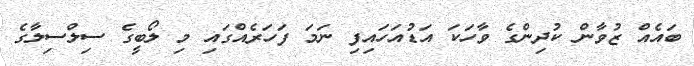
ބައެއް ޒުވާން ކުދިންގެ ވާހަކަ އަޑުއަހައިފި ނަމަ ފަހަރެއްގައި މި ލޯބީގެ ސިލްސިލާގެ